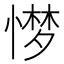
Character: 𢟼